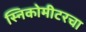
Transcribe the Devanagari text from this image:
स्निकोमीटरचा